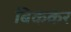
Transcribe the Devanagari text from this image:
बिककर